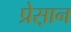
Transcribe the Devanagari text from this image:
प्रेस़ान